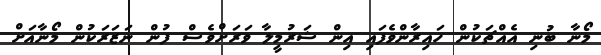
މޯނާ ބުނި އެއްޗަކުން ހައިރާންވެފައި އިން ޝަރުމީލާ ވަރަށްވެސް ފުން ނަޒަރަކުން މޯނާއަށް